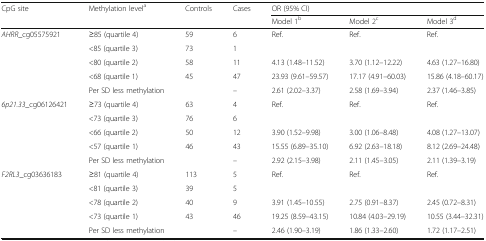
<table><thead><tr><td rowspan="2"><b>CpG site</b></td><td rowspan="2"><b>Methylation level<sup>a</sup></b></td><td rowspan="2"><b>Controls</b></td><td rowspan="2"><b>Cases</b></td><td colspan="3"><b>OR (95% CI)</b></td></tr><tr><td><b>Model 1<sup>b</sup></b></td><td><b>Model 2<sup>c</sup></b></td><td><b>Model 3<sup>d</sup></b></td></tr></thead><tbody><tr><td rowspan="5"><i>AHRR</i>_cg05575921</td><td>≥85 (quartile 4)</td><td>59</td><td>6</td><td rowspan="2">Ref.</td><td rowspan="2">Ref.</td><td rowspan="2">Ref.</td></tr><tr><td>&lt;85 (quartile 3)</td><td>73</td><td>1</td></tr><tr><td>&lt;80 (quartile 2)</td><td>58</td><td>11</td><td>4.13 (1.48–11.52)</td><td>3.70 (1.12–12.22)</td><td>4.63 (1.27–16.80)</td></tr><tr><td>&lt;68 (quartile 1)</td><td>45</td><td>47</td><td>23.93 (9.61–59.57)</td><td>17.17 (4.91–60.03)</td><td>15.86 (4.18–60.17)</td></tr><tr><td>Per SD less methylation</td><td></td><td>–</td><td>2.61 (2.02–3.37)</td><td>2.58 (1.69–3.94)</td><td>2.37 (1.46–3.85)</td></tr><tr><td rowspan="5"><i>6p21.33</i>_cg06126421</td><td>≥73 (quartile 4)</td><td>63</td><td>4</td><td rowspan="2">Ref.</td><td rowspan="2">Ref.</td><td rowspan="2">Ref.</td></tr><tr><td>&lt;73 (quartile 3)</td><td>76</td><td>6</td></tr><tr><td>&lt;66 (quartile 2)</td><td>50</td><td>12</td><td>3.90 (1.52–9.98)</td><td>3.00 (1.06–8.48)</td><td>4.08 (1.27–13.07)</td></tr><tr><td>&lt;57 (quartile 1)</td><td>46</td><td>43</td><td>15.55 (6.89–35.10)</td><td>6.92 (2.63–18.18)</td><td>8.12 (2.69–24.48)</td></tr><tr><td>Per SD less methylation</td><td></td><td>–</td><td>2.92 (2.15–3.98)</td><td>2.11 (1.45–3.05)</td><td>2.11 (1.39–3.19)</td></tr><tr><td rowspan="5"><i>F2RL3</i>_cg03636183</td><td>≥81 (quartile 4)</td><td>113</td><td>5</td><td rowspan="2">Ref.</td><td rowspan="2">Ref.</td><td rowspan="2">Ref.</td></tr><tr><td>&lt;81 (quartile 3)</td><td>39</td><td>5</td></tr><tr><td>&lt;78 (quartile 2)</td><td>40</td><td>9</td><td>3.91 (1.45–10.55)</td><td>2.75 (0.91–8.37)</td><td>2.45 (0.72–8.31)</td></tr><tr><td>&lt;73 (quartile 1)</td><td>43</td><td>46</td><td>19.25 (8.59–43.15)</td><td>10.84 (4.03–29.19)</td><td>10.55 (3.44–32.31)</td></tr><tr><td>Per SD less methylation</td><td></td><td>–</td><td>2.46 (1.90–3.19)</td><td>1.86 (1.33–2.60)</td><td>1.72 (1.17–2.51)</td></tr></tbody></table>